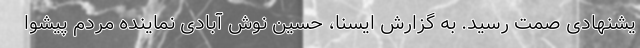
یشنهادی صمت رسید. به گزارش ایسنا، حسین نوش آبادی نماینده مردم پیشوا